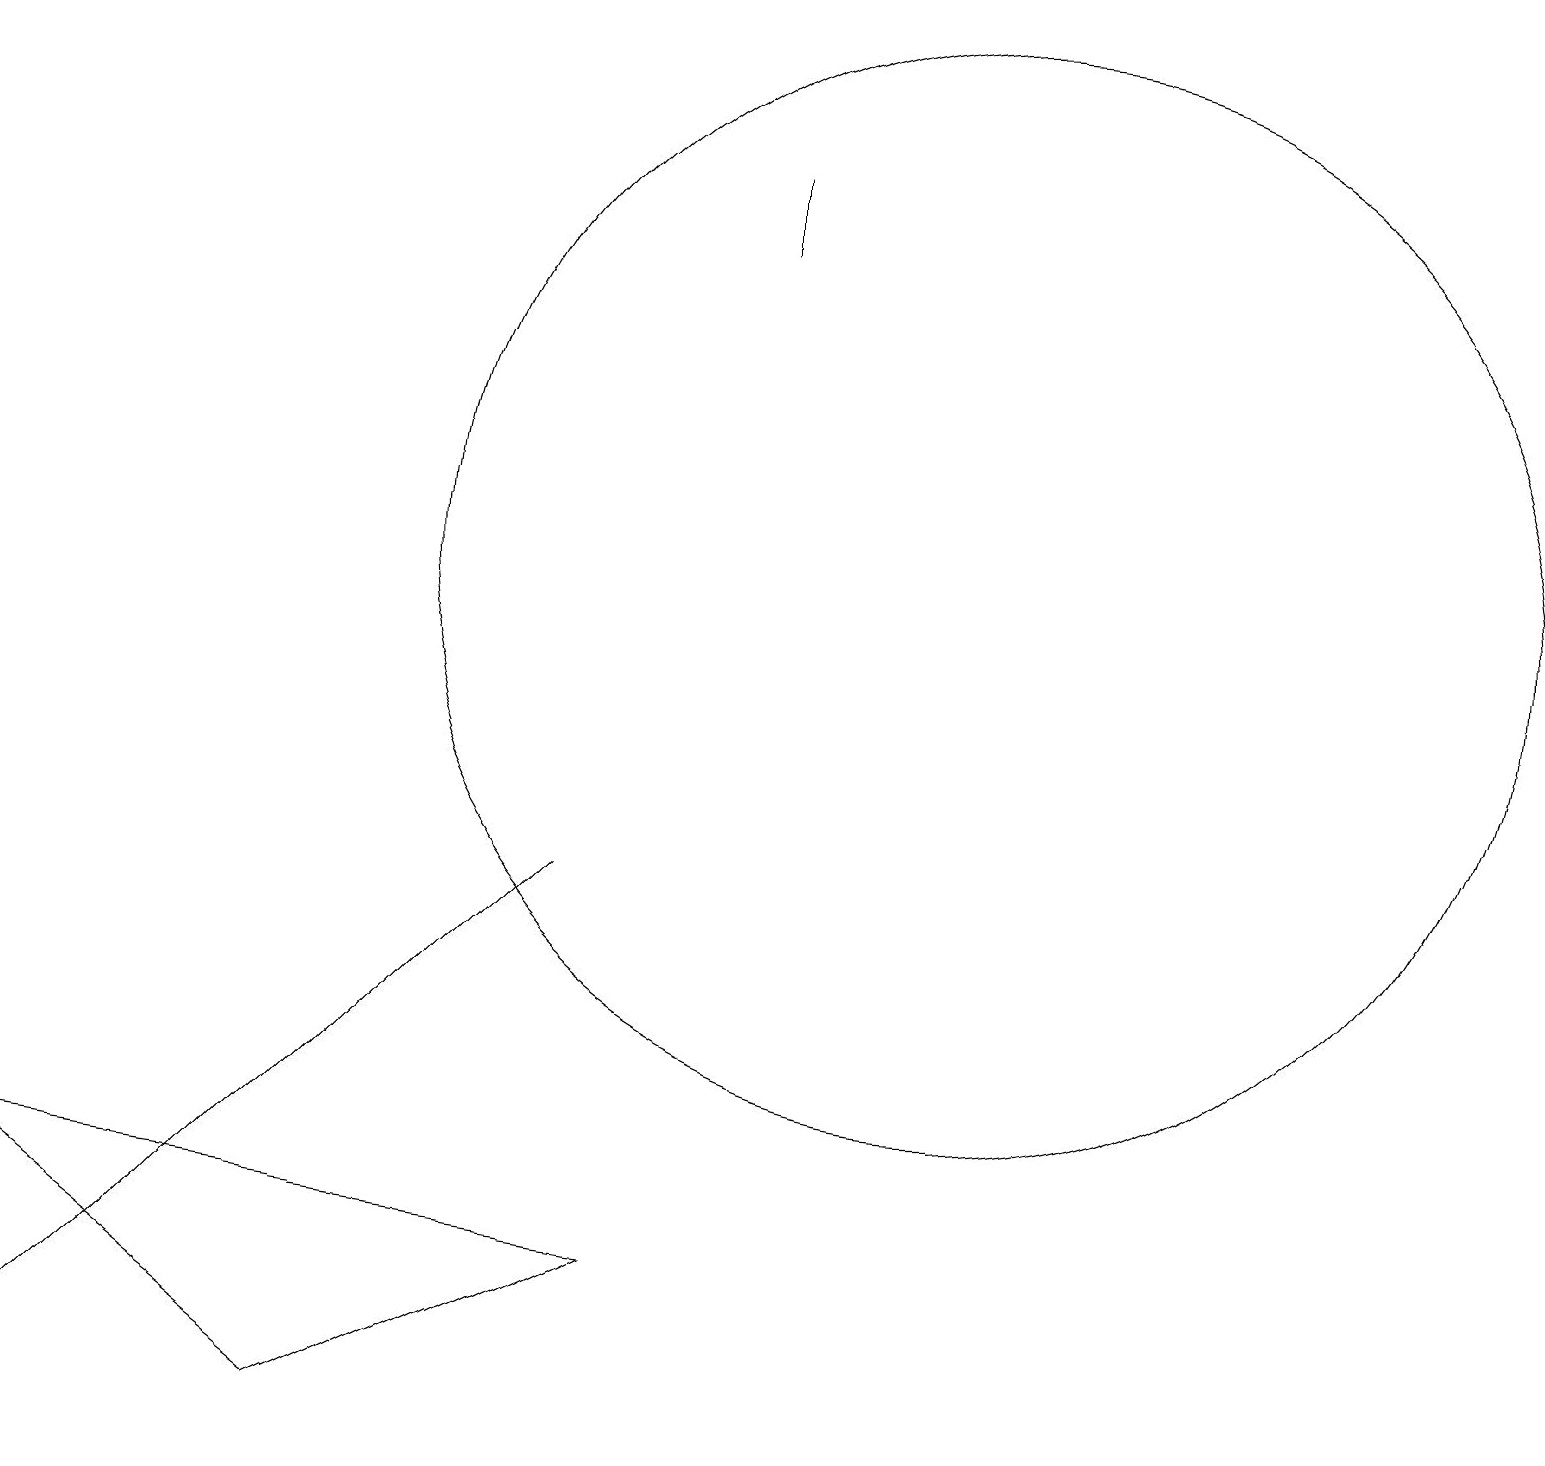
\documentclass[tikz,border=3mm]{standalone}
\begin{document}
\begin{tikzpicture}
\draw (4,1) -- (8,3) -- (0,4) -- cycle;
\draw (9,17) rectangle (9,16);
\draw (0,1) -- (6,7) -- (7,8) -- cycle;
\draw (12,12) circle (7);
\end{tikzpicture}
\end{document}